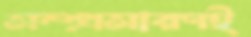
সম্প্রসারণই